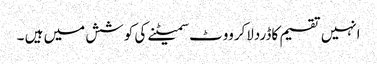
انہیں تقسیم کاڈردلاکرووٹ سمیٹنے کی کوشش میں ہیں ۔